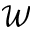
\mathcal { W }